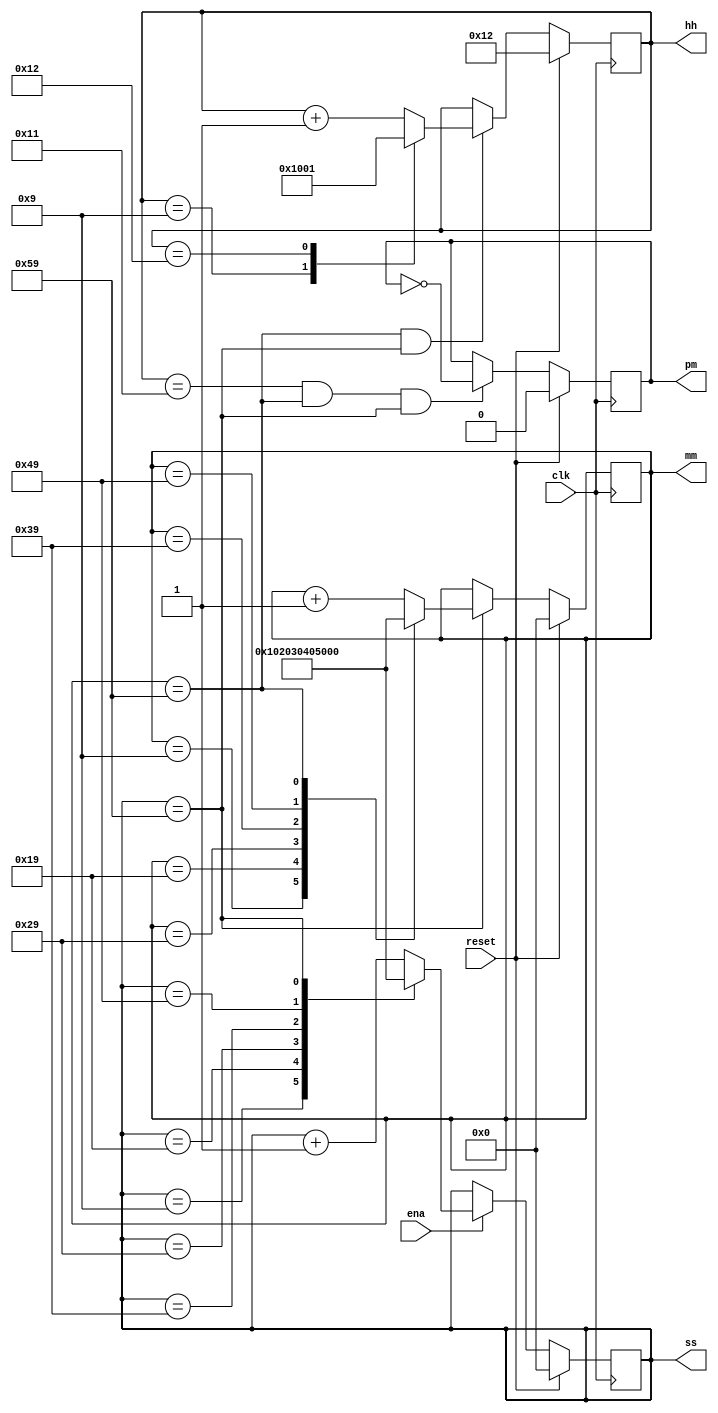
module top_module(
    input clk,
    input reset,
    input ena,
    output pm,
    output [7:0] hh,
    output [7:0] mm,
    output [7:0] ss); 
    reg[7:0] temp_hr,temp_min,temp_sec;
	reg temp_pm;

//counting hour
always@(posedge clk)
begin
	if(reset)temp_hr=8'h12;
	else if((temp_min==8'h59)&(temp_sec==8'h59))begin
        case (temp_hr)
				8'h09:temp_hr=8'h10;
				8'h12:temp_hr=8'h01;
				default:temp_hr=temp_hr+1'd1;

			endcase
			end
	end

//counting minute
always@(posedge clk) begin
    if(reset) temp_min=8'h00;
    else if(temp_sec==8'h59) begin
			case (temp_min)
				8'h09:temp_min=8'h10;
				8'h19:temp_min=8'h20;
				8'h29:temp_min=8'h30;
				8'h39:temp_min=8'h40;
				8'h49:temp_min=8'h50;
				8'h59:temp_min=8'h00;
				default:temp_min=temp_min+1'd1;

			endcase;
		   end
	end

//counting second
always@(posedge clk) begin
    if(reset) temp_sec=8'h00;
    else if(ena) begin
			case (temp_sec)
				8'h09:temp_sec=8'h10;
				8'h19:temp_sec=8'h20;
				8'h29:temp_sec=8'h30;
				8'h39:temp_sec=8'h40;
				8'h49:temp_sec=8'h50;
				8'h59:temp_sec=8'h00;
				default:temp_sec=temp_sec+1'd1;

			endcase;
		end
	end

//pm manipulation
always@(posedge clk)begin
    if(reset) temp_pm=1'b0;
	else if((temp_hr==8'h11)&(temp_min==8'h59)&(temp_sec==8'h59))temp_pm = ~temp_pm;
end

// assigning hh,mm,ss,pm
assign hh=temp_hr;
assign mm=temp_min;
assign ss=temp_sec;
assign pm=temp_pm;

endmodule